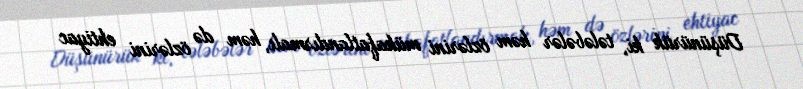
Düşünürük ki, tələbələr həm özlərini mükafatlandırmalı, həm də özlərini ehtiyac